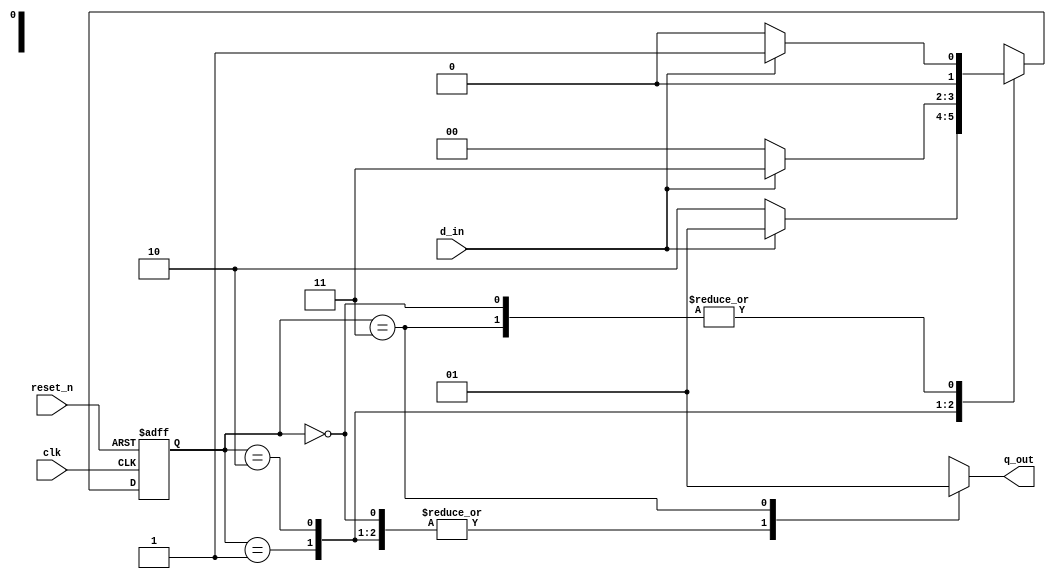
`timescale 1ns / 1ps
//////////////////////////////////////////////////////////////////////////////////
// Company: 
// Engineer: 
// 
// Design Name: 
// Module Name: lab64_101_Non_overlap_Moore
// Project Name: 
// Target Devices: 
// Tool Versions: 
// Description: 
// 
// Dependencies: 
// 
// Revision:
// Revision 0.01 - File Created
// Additional Comments:
// 
//////////////////////////////////////////////////////////////////////////////////


module lab64_101_Non_overlap_Moore(
                                    input d_in, clk, reset_n,
                                    output reg q_out
                                    );

parameter s0 =2'b00, s1 = 2'b01, s2 = 2'b10, s3 = 2'b11;
reg [1:0] present_state, next_state;
always@(posedge clk or negedge reset_n)
begin
    if(!reset_n)
        present_state <= s0;
    else
        present_state <= next_state;
end

always@*
begin
    case(present_state)
    s0 : begin
            if(d_in)
            next_state = s1;
            else
            next_state = s0;
        end
    s1 : begin
            if(~d_in)
            next_state = s2;
            else
            next_state = s1;
         end
    s2 : begin
            if(d_in)
            next_state = s3;
            else
            next_state = s0;
         end
    s3 : begin
           if(d_in)
           next_state = s1;
           else
           next_state = s0;
         end
    default :
            next_state = s0;
     endcase
 end
 
 // o/p combo logic
 
 always@*
 begin
    case(present_state)
    s0 : q_out = 1'b0;
    s1 : q_out = 1'b0;
    s2 : q_out = 1'b0;
    s3 : q_out = 1'b1;
    default : q_out = 1'b0;
    endcase
end
endmodule